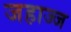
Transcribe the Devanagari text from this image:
जहाज्ज